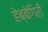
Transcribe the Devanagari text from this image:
हेब्बेगिरी